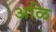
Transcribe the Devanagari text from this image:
अळि